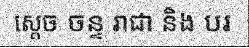
ស្តេច ចន្ទ រាជា និង បរ